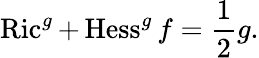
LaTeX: \operatorname{Ric}^{g}+\operatorname{Hess}^{g}f={\frac{1}{2}}g.